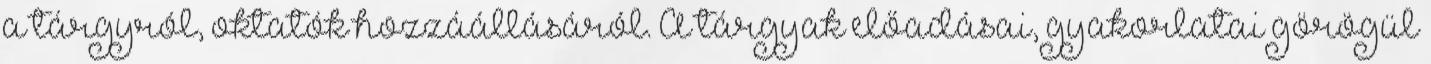
a tárgyról, oktatók hozzáállásáról. A tárgyak előadásai, gyakorlatai görögül